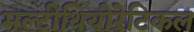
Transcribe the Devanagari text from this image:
मल्टीथियोरेटिकल